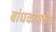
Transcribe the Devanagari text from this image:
बांधकामक्षेत्र